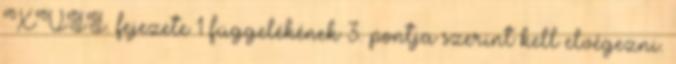
XVII. fejezete 1 függelékének 3. pontja szerint kell elvégezni.